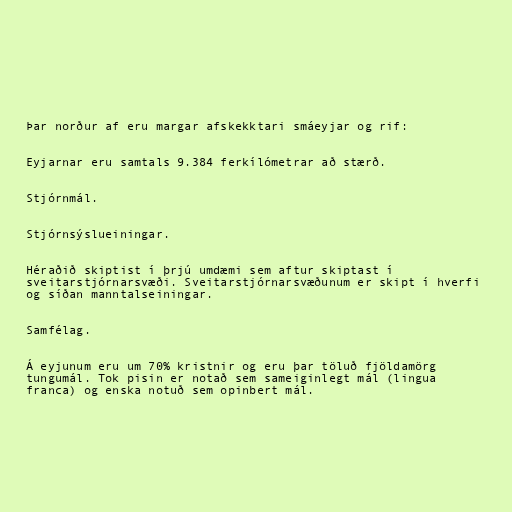
Þar norður af eru margar afskekktari smáeyjar og rif:

Eyjarnar eru samtals 9.384 ferkílómetrar að stærð.

Stjórnmál.

Stjórnsýslueiningar.

Héraðið skiptist í þrjú umdæmi sem aftur skiptast í
sveitarstjórnarsvæði. Sveitarstjórnarsvæðunum er skipt í hverfi
og síðan manntalseiningar.

Samfélag.

Á eyjunum eru um 70% kristnir og eru þar töluð fjöldamörg
tungumál. Tok pisin er notað sem sameiginlegt mál (lingua
franca) og enska notuð sem opinbert mál.